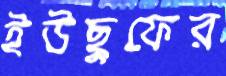
ইউছুফের